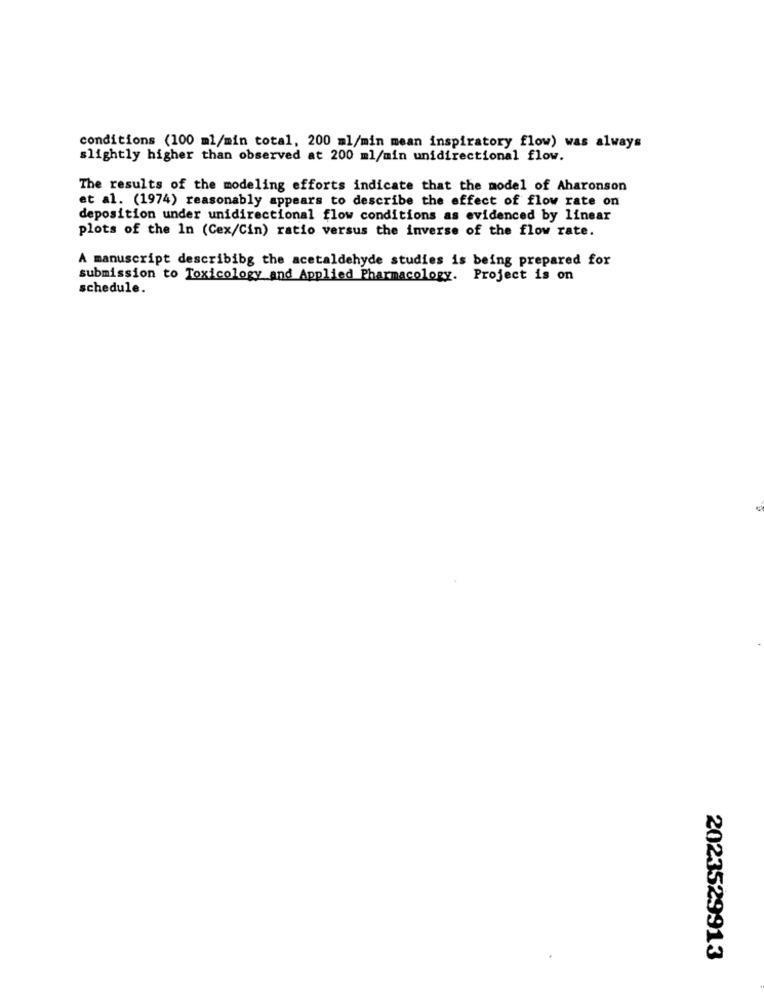
conditions (100 ml/min total, 200 ml/min mean inspiratory flow) was always
slightly higher than observed at 200 ml/min unidirectional flow.
The results of the modeling efforts indicate that the model of Aharonson
et al. (1974) reasonably appears to describe the effect of flow rate on
deposition under unidirectional flow conditions as evidenced by linear
plots of the In (Cex/Cin) ratio versus the inverse of the flow rate.
A manuscript describibg the acetaldehyde studies is being prepared for
submission to Toxicology and Applied Pharmacology. Project is on
schedule.
2023529913